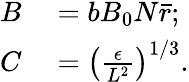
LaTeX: \begin{array}{rl}{B}&{{}=bB_{0}N\bar{r};}\\ {C}&{{}=\left(\frac{\epsilon}{L^{2}}\right)^{1/3}.}\end{array}